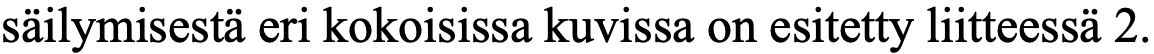
säilymisestä eri kokoisissa kuvissa on esitetty liitteessä 2.